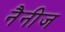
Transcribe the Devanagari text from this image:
नैनीज